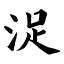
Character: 浞